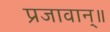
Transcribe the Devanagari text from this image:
प्रजावान्॥